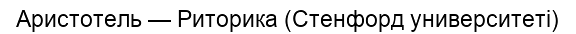
Аристотель — Риторика (Стенфорд университеті)